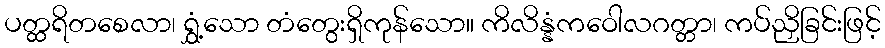
ပတ္ထရိတစေလာ၊ ရွှံ့သော တံတွေးရှိကုန်သော။ ကိလိန္နံကဝေါလဂတ္တာ၊ ကပ်ညှိခြင်းဖြင့်